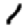
Digit: 1